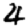
Digit: 4